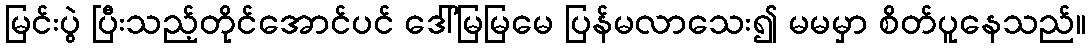
မြင်းပွဲ ပြီးသည့်တိုင်အောင်ပင် ဒေါ်မြမြမေ ပြန်မလာသေး၍ မမမှာ စိတ်ပူနေသည်။